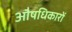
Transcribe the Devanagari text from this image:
औषधिकारों